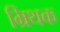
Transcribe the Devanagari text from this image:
म्रिथक